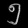
Digit: ၅